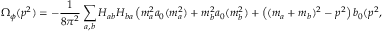
\Omega _ { \phi } ( p ^ { 2 } ) = - \frac { 1 } { 8 \pi ^ { 2 } } \sum _ { a , b } H _ { a b } H _ { b a } \left( m _ { a } ^ { 2 } a _ { 0 } ( m _ { a } ^ { 2 } ) + m _ { b } ^ { 2 } a _ { 0 } ( m _ { b } ^ { 2 } ) + \left( ( m _ { a } + m _ { b } ) ^ { 2 } - p ^ { 2 } \right) b _ { 0 } ( p ^ { 2 } , m _ { a } ^ { 2 } , m _ { b } ^ { 2 } ) \right) ,